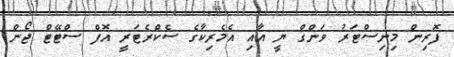
ފޮރިން މިނިސްޓަރު ވަންގް ޔީ އާއި އެމެރިކާގެ ސެކްރެޓަރީ އޮފް ސްޓޭޓް ޖޯން